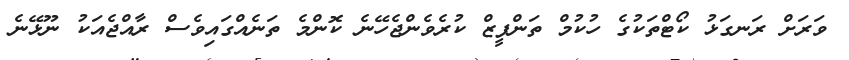
ވަރަށް ރަނގަޅު ކޯޓްތަކުގެ ހުކުމް ތަންފީޒް ކުރެވެންޖެހޭނެ ކޮންމެ ތަނެއްގައިވެސް ރާއްޖެއަކު ނޫޅޭނެ